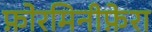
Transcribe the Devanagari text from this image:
फ़ोरमिनीफ़ेरा